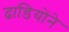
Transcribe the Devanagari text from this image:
ढाडियोंने